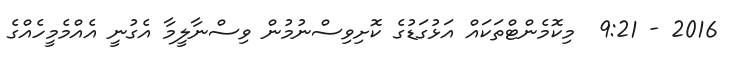
2016 - 9:21  މިކޮމެންޓްތަކައް އަޅުގަޑުގެ ކޮށިވިސްނުމުން ވިސްނާލީމާ އެގުނީ އެއްމެމީހެއްގެ